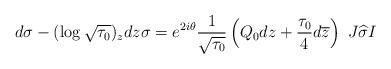
LaTeX: \begin{align*}d\sigma-(\log\sqrt{\tau_0})_zdz\sigma=e^{2i\theta}\frac{1}{\sqrt{\tau_0}}\left(Q_0dz+\frac{\tau_0}{4}d\overline{z}\right)\ J\widehat{\sigma}I\end{align*}